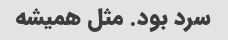
سرد بود. مثل همیشه